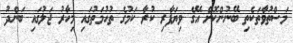
މަސްތުވާތަކެތި ބޭނުންކޮށް އޭގެ ވިޔަފާރި ކުރާ ކަމުގެ ތުހުމަތުގައި މިހާރު ޖަލުގައި ބަންދު